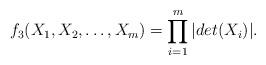
LaTeX: \begin{align*}f_3(X_1, X_2,\dots, X_m)=\prod_{i=1}^m |det(X_i)|.\end{align*}